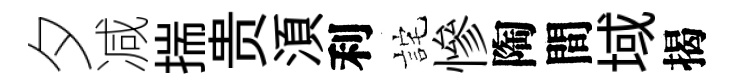
夕减揣贵湏利詫慘陶間域揭